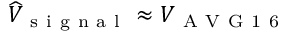
\widehat { V } _ { \mathrm { ~ s ~ i ~ g ~ n ~ a ~ l ~ } } \approx V _ { \mathrm { ~ A ~ V ~ G ~ 1 ~ 6 ~ } }